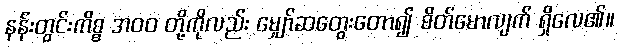
နန်းတွင်းကိစ္စ အ၀၀ တို့ကိုလည်း မျှော်ဆတွေးတော၍ စိတ်မောလျက် ရှိလေ၏။